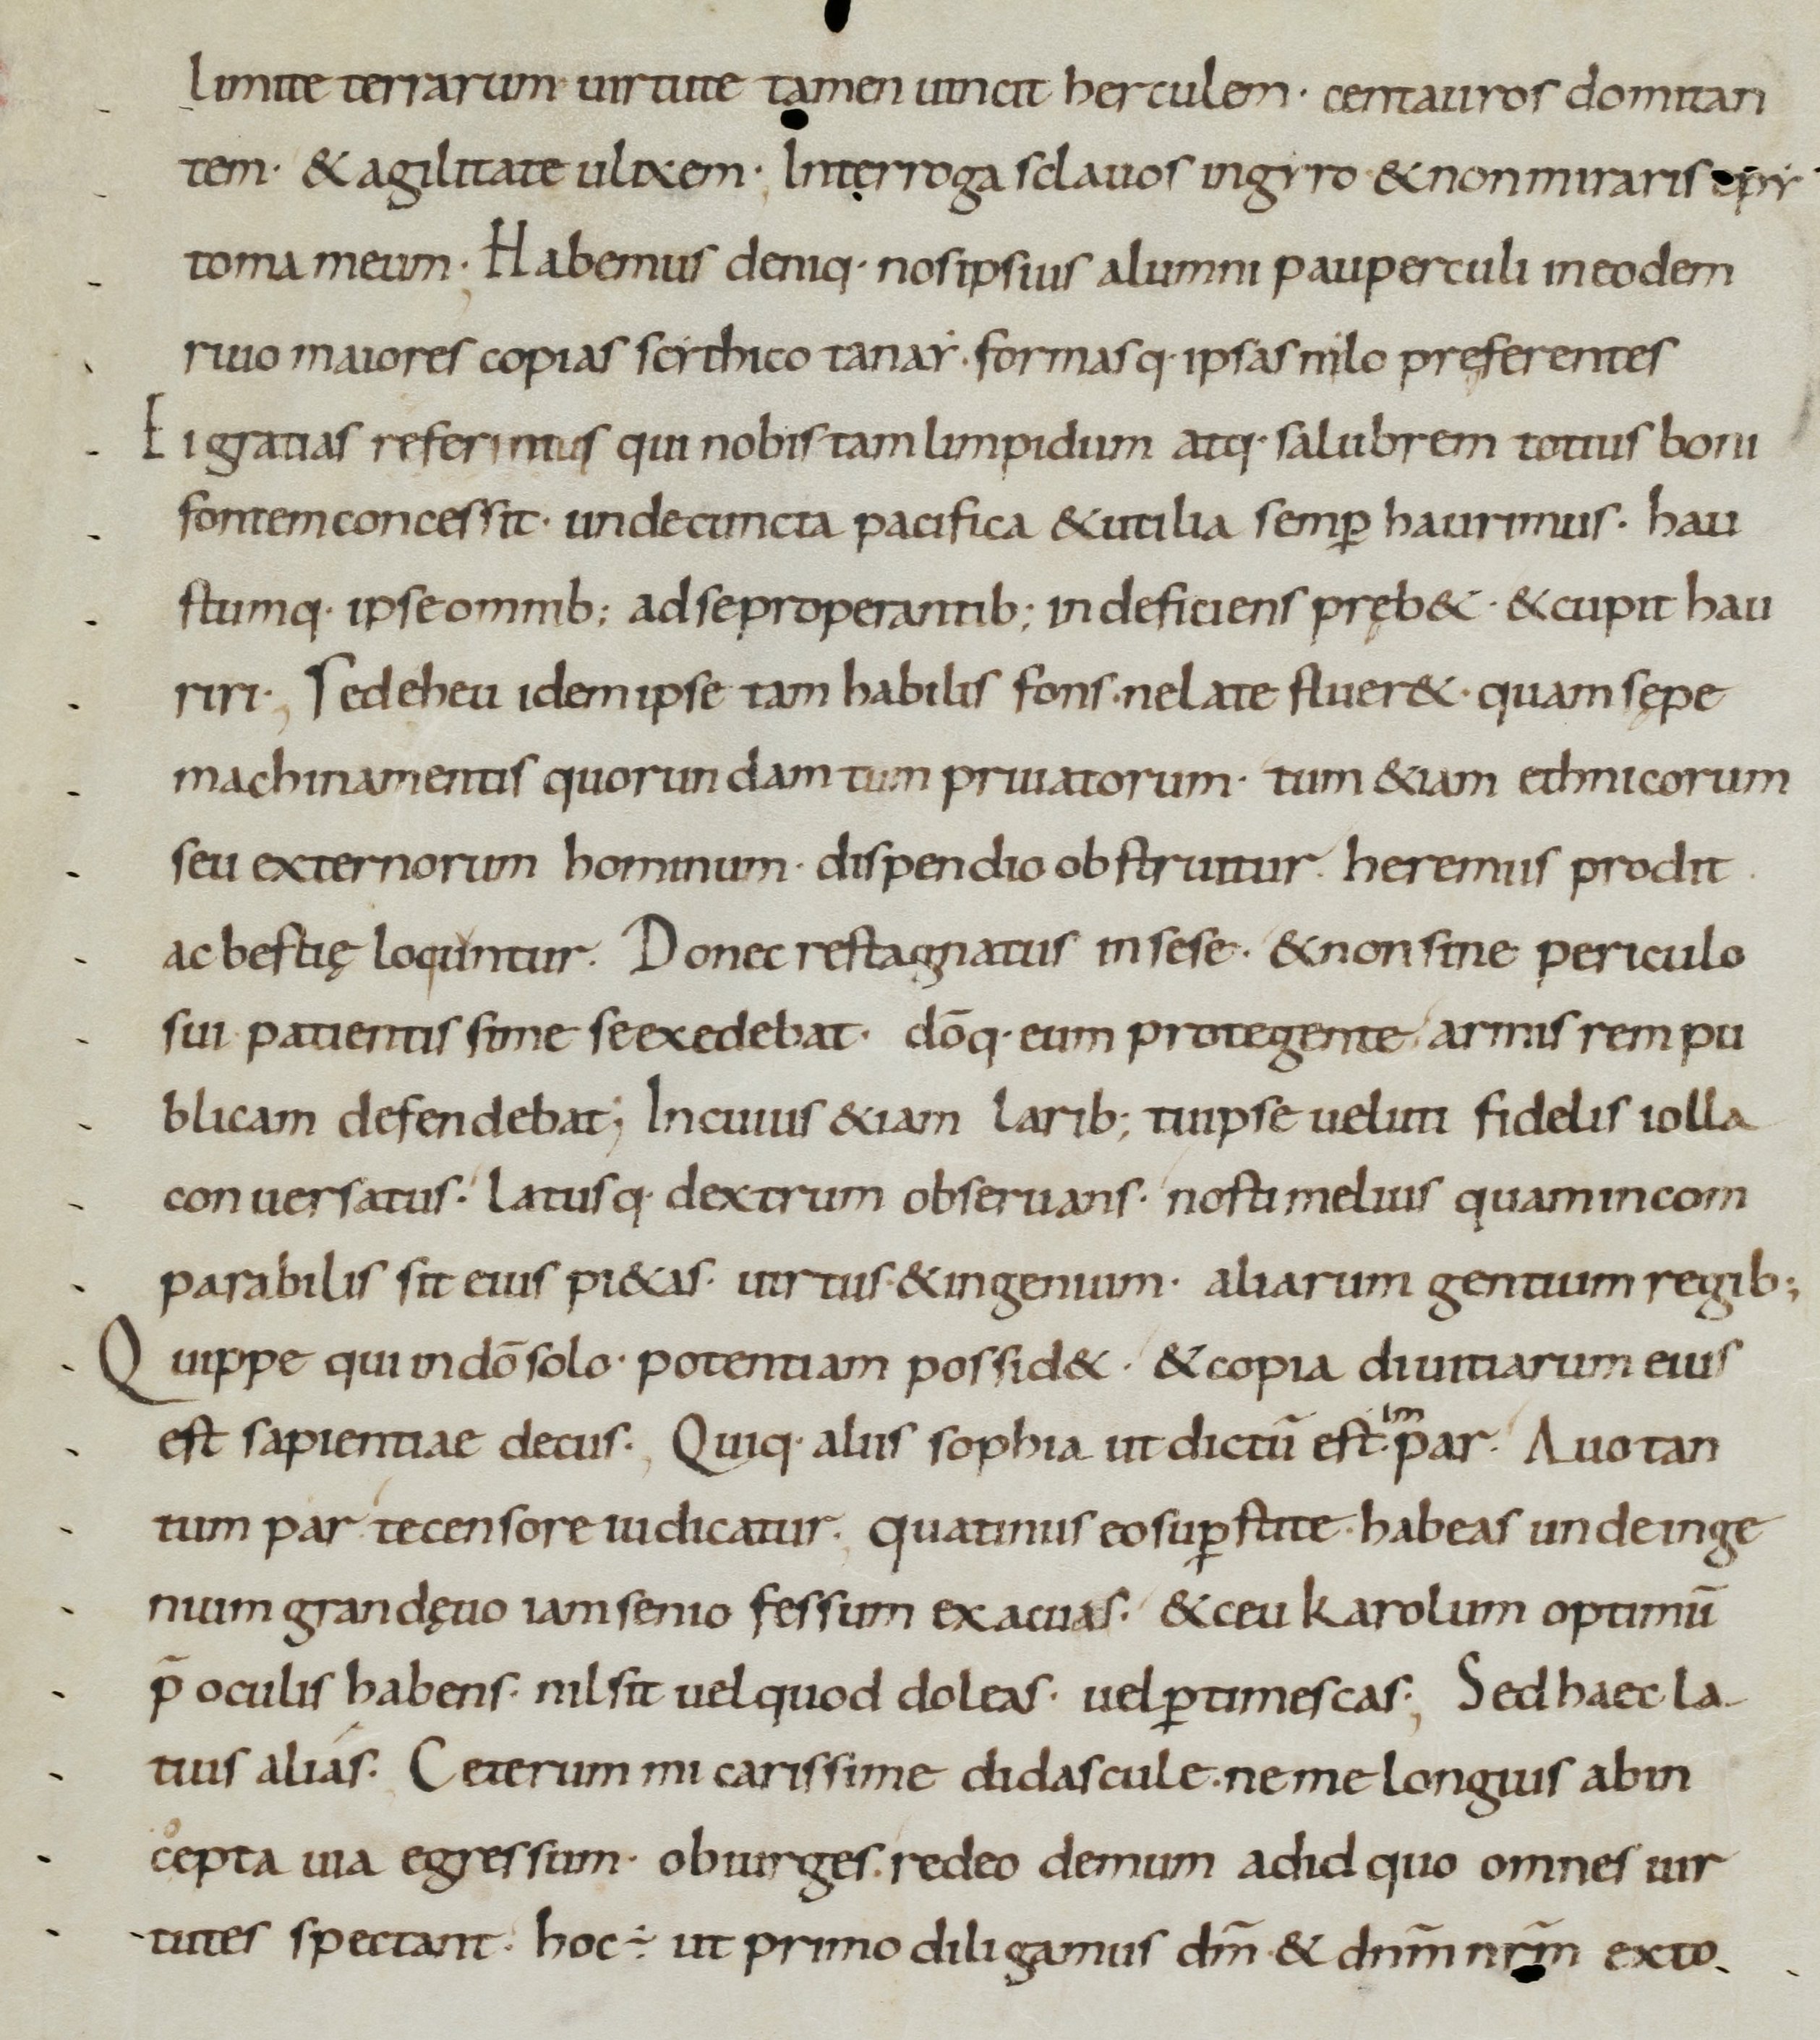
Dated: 900–999